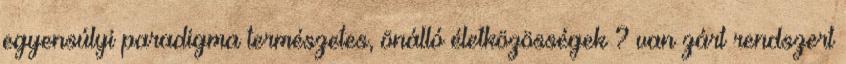
egyensúlyi paradigma természetes, önálló életközösségek ? van zárt rendszert